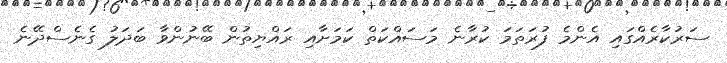
ސަރުކާރެއްގައި އެންމެ ފުރަތަމަ ކުރާނެ މަސައްކަތް ކަމަށާއި ރައްޔިތުން ބޭނުންވާ ބަދަލު ގެނެސްދޭނެ